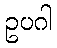
ဥပဂါ